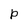
Character: P